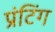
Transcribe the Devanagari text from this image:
प्रंटिंग